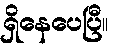
ရှိနေပေပြီ။